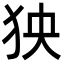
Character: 㹧